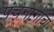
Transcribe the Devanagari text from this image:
पंचनागाचा